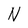
Character: N